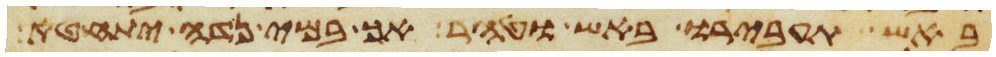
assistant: באש תעבירו באש וטהר אך במי נדה יתחטא